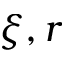
\xi , r